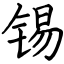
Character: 锡